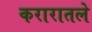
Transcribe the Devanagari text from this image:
करारातले